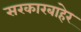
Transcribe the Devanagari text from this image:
सरकारबाहेर